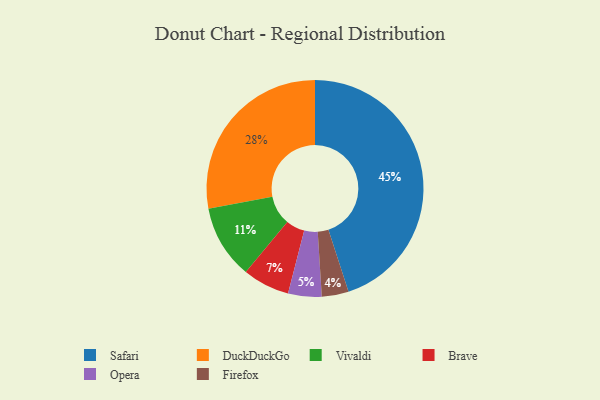
{"axis": {"x": "Category", "y": "Percentage"}, "legend": ["Brave", "DuckDuckGo", "Firefox", "Opera", "Safari", "Vivaldi"], "data": [{"x": "Firefox", "y": 4, "type": "Firefox"}, {"x": "Safari", "y": 45, "type": "Safari"}, {"x": "DuckDuckGo", "y": 28, "type": "DuckDuckGo"}, {"x": "Brave", "y": 7, "type": "Brave"}, {"x": "Opera", "y": 5, "type": "Opera"}, {"x": "Vivaldi", "y": 11, "type": "Vivaldi"}]}